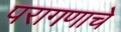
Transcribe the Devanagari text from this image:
परागणाचे